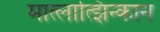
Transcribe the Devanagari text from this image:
मात्लात्झिन्कान